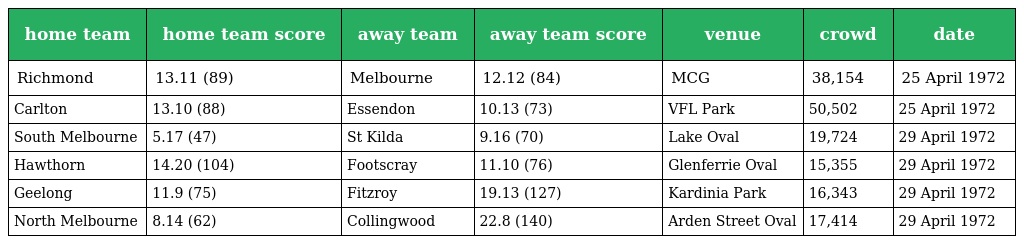
| home team | home team score | away team | away team score | venue | crowd | date |
 | --- | --- | --- | --- | --- | --- | --- |
 | Richmond | 13.11 (89) | Melbourne | 12.12 (84) | MCG | 38,154 | 25 April 1972 |
 | Carlton | 13.10 (88) | Essendon | 10.13 (73) | VFL Park | 50,502 | 25 April 1972 |
 | South Melbourne | 5.17 (47) | St Kilda | 9.16 (70) | Lake Oval | 19,724 | 29 April 1972 |
 | Hawthorn | 14.20 (104) | Footscray | 11.10 (76) | Glenferrie Oval | 15,355 | 29 April 1972 |
 | Geelong | 11.9 (75) | Fitzroy | 19.13 (127) | Kardinia Park | 16,343 | 29 April 1972 |
 | North Melbourne | 8.14 (62) | Collingwood | 22.8 (140) | Arden Street Oval | 17,414 | 29 April 1972 |